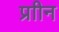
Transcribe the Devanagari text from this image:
प्राीन